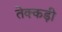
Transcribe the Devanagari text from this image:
तेक्कड़ी